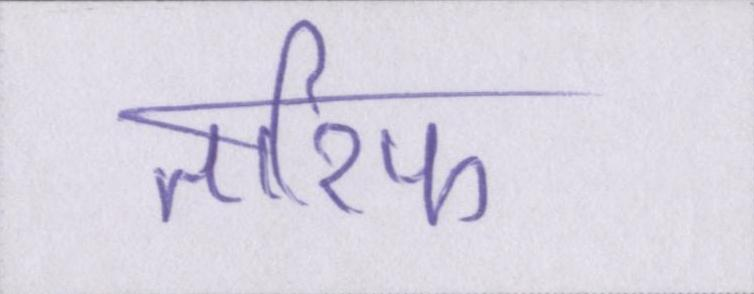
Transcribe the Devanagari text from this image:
तारिफ